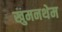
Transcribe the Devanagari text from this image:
खुमनथेम